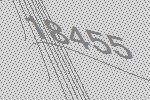
18455